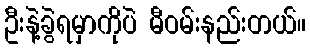
ဦးနဲ့ခွဲရမှာကိုပဲ မီဝမ်းနည်းတယ်။